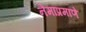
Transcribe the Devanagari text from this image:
नेमाप्रमाणे